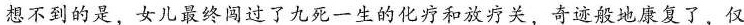
想不到的是，女儿最终闯过了九死一生的化疗和放疗关，奇迹般地康复了，仅